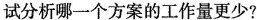
试分析哪一个方案的工作量更少?